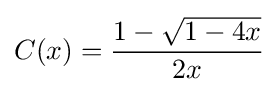
C(x)={\frac {1-{\sqrt {1-4x}}}{2x}}